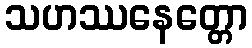
သဟဿနေတ္တော